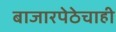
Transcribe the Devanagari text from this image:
बाजारपेठेचाही